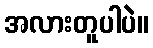
အလားတူပါပဲ။